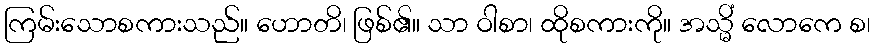
ကြမ်းသောစကားသည်။ ဟောတိ၊ ဖြစ်၏။ သာ ဝါစာ၊ ထိုစကားကို။ အသ္မိံ လောကေ စ၊